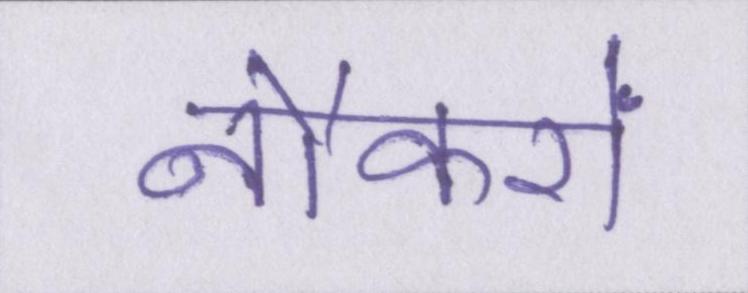
नौकरों